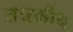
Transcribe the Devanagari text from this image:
तंत्रकीय